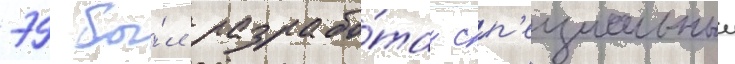
79 бы́л разрабо́тан сп'ециальныи